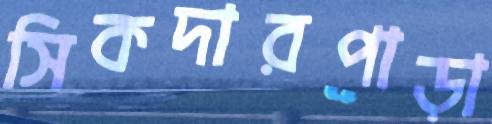
সিকদারপাড়া